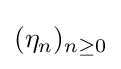
(\eta _{n})_{n\geq 0}